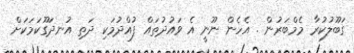
ގަބޫލުކުރާ މެމްބަރުން . އެހެން ނޫނީ އެ ވައުދުތައް ފުއްދުމަކި ދަތި އުނދަގޫކަމަކަށް